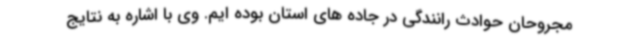
مجروحان حوادث رانندگی در جاده های استان بوده ایم. وی با اشاره به نتایج